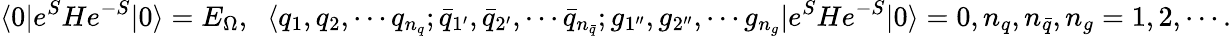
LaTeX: \langle 0|e^{S}He^{-S}|0\rangle=E_{\Omega},\; \; \langle q_{1},q_{2},\cdots q_{n_{q}};{\bar{q}}_{1^{\prime}},{\bar{q}}_{2^{\prime}},\cdots{\bar{q}}_{n_{\bar{q}}};g_{1^{\prime\prime}},g_{2^{\prime\prime}},\cdots g_{n_{g}}|e^{S}He^{-S}|0\rangle=0,n_{q},n_{\bar{q}},n_{g}=1,2,\cdots.